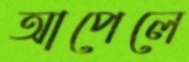
আপেলে